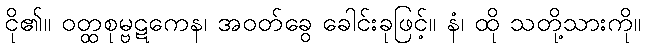
ငို၏။ ဝတ္ထစုမ္ဗဋကေန၊ အဝတ်ခွေ ခေါင်းခုဖြင့်။ နံ၊ ထို သတို့သားကို။